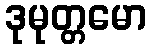
ဒုမုတ္တမော